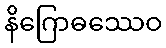
နိဂြောဓဿေဝ